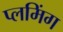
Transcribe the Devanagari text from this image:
प्लमिंग